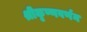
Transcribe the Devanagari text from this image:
श्रीकृष्णवर्णन